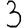
Digit: 3